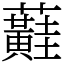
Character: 蘳